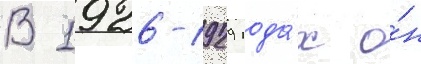
В 1926-1929 года́х о́н